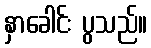
နှာခေါင်း ပွသည်။